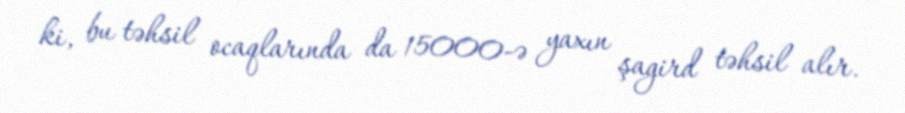
ki, bu təhsil ocaqlarında da 15000-ə yaxın şagird təhsil alır.